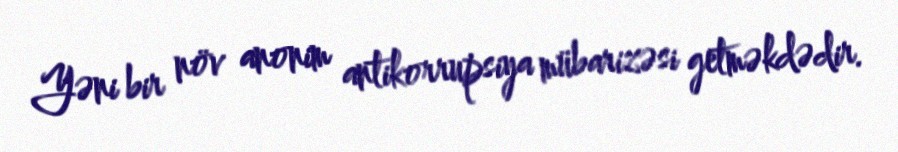
Yəni bir növ anonim antikorrupsiya mübarizəsi getməkdədir.